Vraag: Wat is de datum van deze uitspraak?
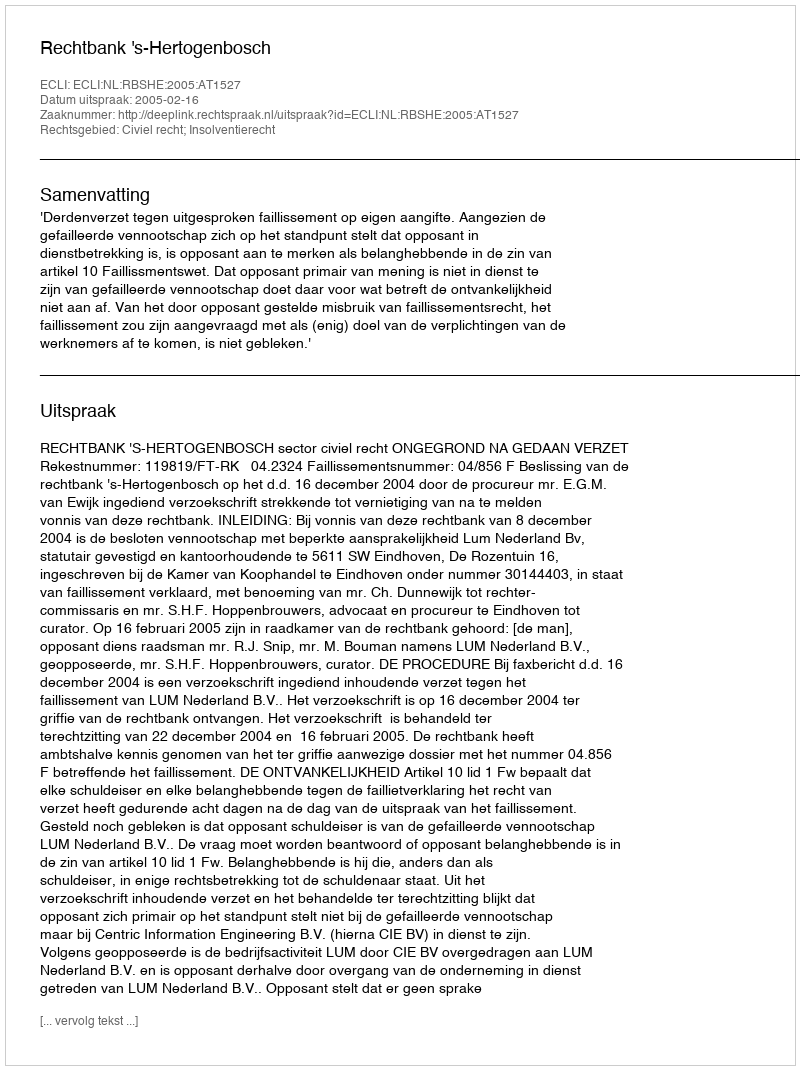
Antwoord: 2005-02-16